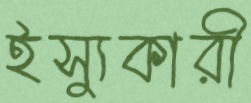
ইস্যুকারী